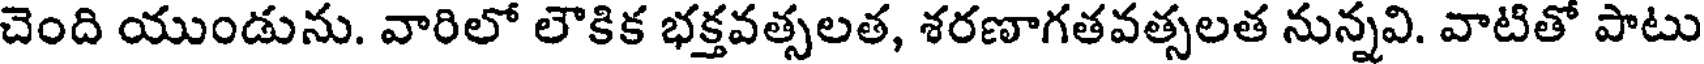
చెంది యుండును. వారిలో లౌకిక భక్తవత్సలత, శరణాగతవత్సలత నున్నవి. వాటితో పాటు